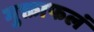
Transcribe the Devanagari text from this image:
मुक्ताफलं